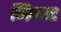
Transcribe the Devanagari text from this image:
निजार